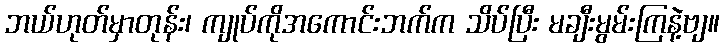
ဘယ်ဟုတ်မှာတုန်း၊ ကျုပ်ကိုအကောင်းဘက်က သိပ်ပြီး မချီးမွမ်းကြနဲ့ဗျ။